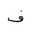
Letter: _fa